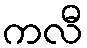
ကလီ